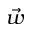
\vec { w }